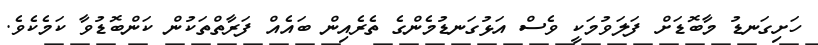
ހަށިގަނޑު މާބޮޑަށް ފަލަވުމަކީ ވެސް އަޅުގަނޑުމެންގެ ތެރެއިން ބައެއް ފަރާތްތަކުން ކަންބޮޑުވާ ކަމެކެވެ.